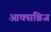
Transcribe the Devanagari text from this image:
आक्सब्रिज